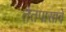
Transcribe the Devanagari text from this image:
तेतपासावे